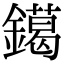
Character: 𨭛